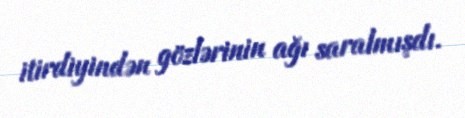
itirdiyindən gözlərinin ağı saralmışdı.